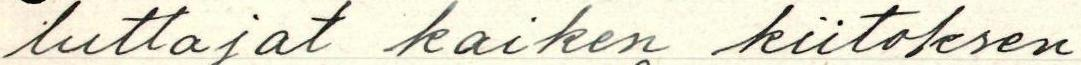
luttajat kaiken kiitoksen